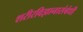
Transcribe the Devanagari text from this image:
शरीरविज्ञानासंबंधी